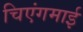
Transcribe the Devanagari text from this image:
चिएंगमाई